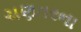
ચણતરના